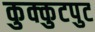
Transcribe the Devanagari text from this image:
कुक्कुटपुट